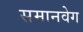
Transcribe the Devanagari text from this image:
समानवेग